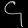
Digit: ၄